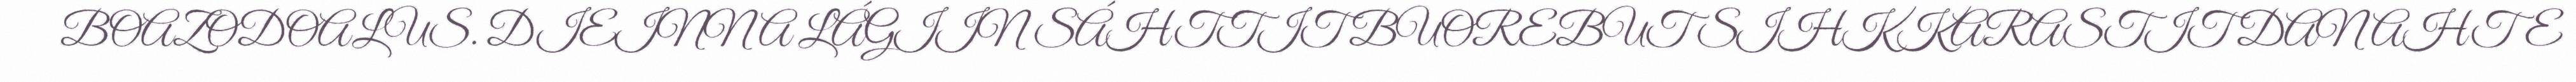
BOAZODOALUS. DIEINNA LÁGIIN SÁHTTIT BUOREBUT SIHKKARASTIT DAN AHTE